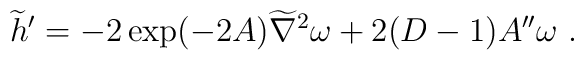
{\widetilde h}^\prime=-2\exp(-2A){\widetilde\nabla}^2\omega+2(D-1) A^{\prime\prime} \omega~.